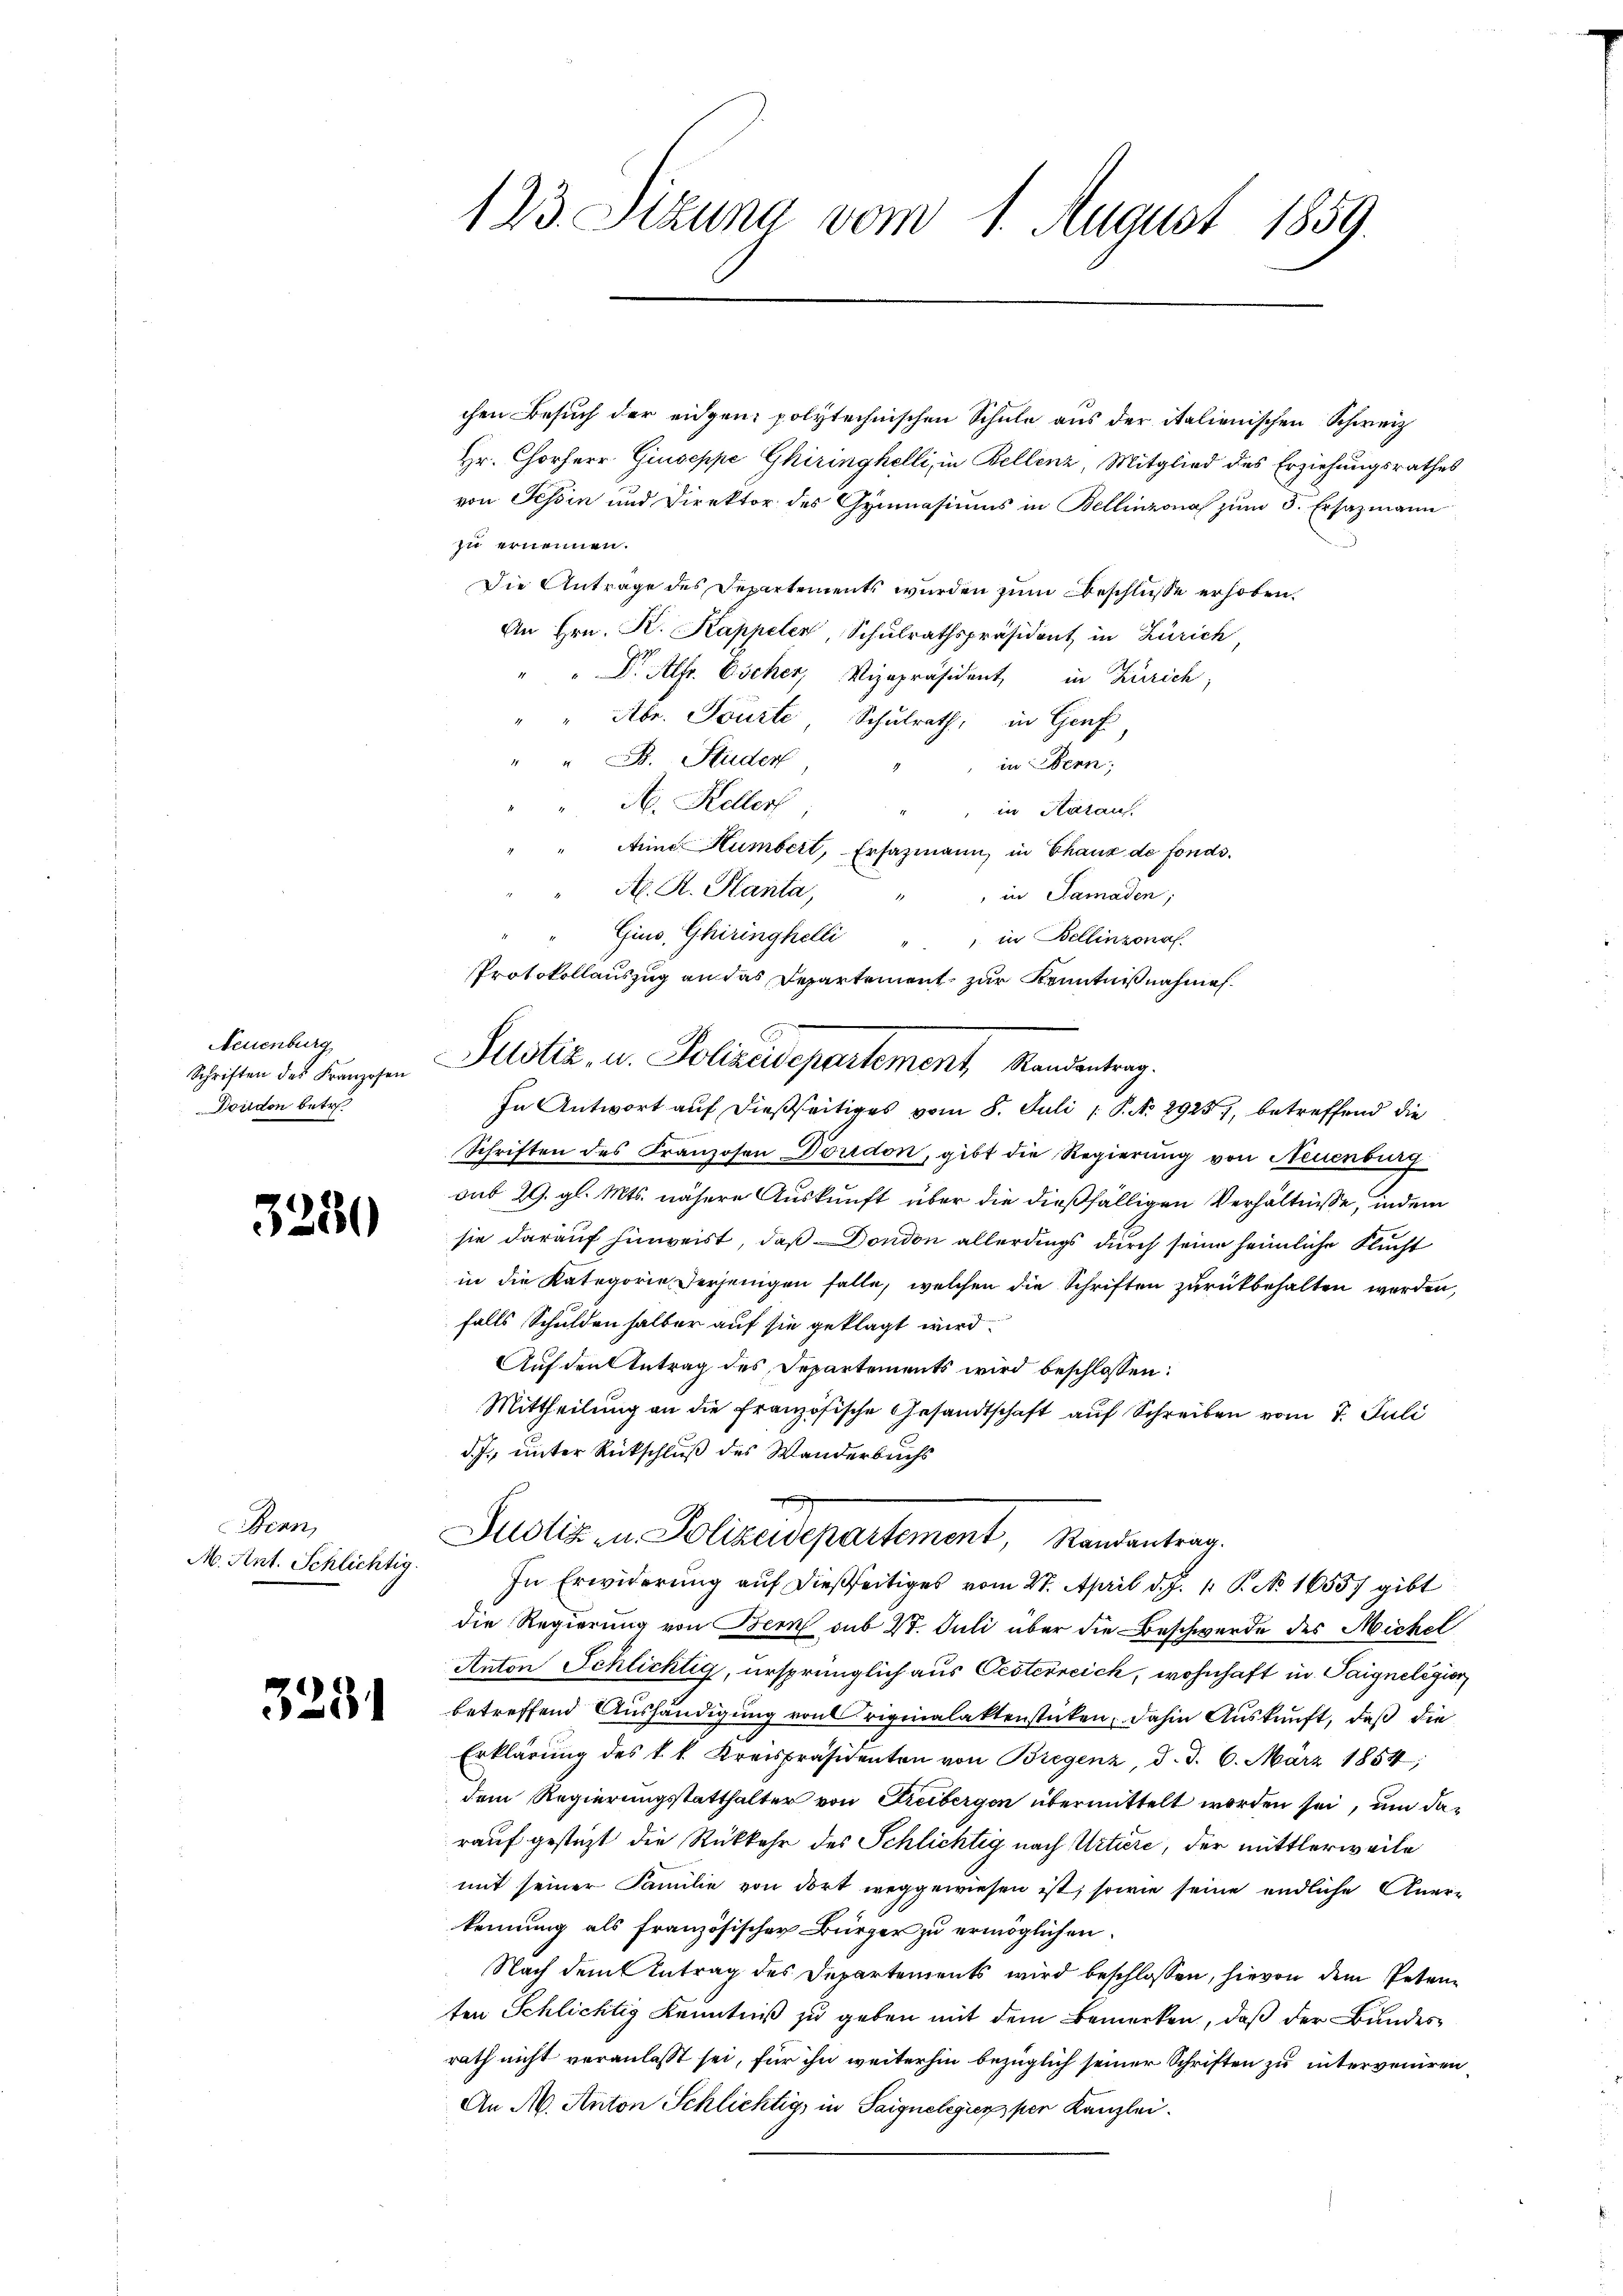
Neuenburg
Dordon betr

3280

Benn,
M. Ant. Schlichtig.

3231

123. Sitzung vom 1. August 1859.

chen Besuch der eidgen. polytechnischen Schule aus der italienischen Schweiz
Hr. Chorherr Giuseppe Ghiringhelli, in Bellenz, Mitglied des Erziehungsrathes
von Tessin und Direktor des Gymnasiums in Bellinzona zum 5. Ersazmann
zu ernennen.
Die Antrage des Departements wurden zum Beschlüsse erhoben.
An Hrn. K. Kappeler, Schulrathspräsident in Zürich
" " Dr. Alfr. Escher, Vizepräsident, in Zürich
Abr. Tourte Schulrath, in Genf
" " B. Studer
in Obern;
A. Keller
in Katau
Arine Humbert, Ersazmann, in Chaux de fonds.
A. R. Hanta,
" in Samaden;
Gius, Ghiringhelli "" in Bellinzonaf.
Schriften des Franzosen Doridon, gibt die Regierung von Neuenburg
sub 29. gl. Mts. nähere Auskunft über die dießfälligen Verhältnisse, indem
sie darauf hinweist, daß Dondon allerdings durch seine heimliche Flucht
in die Kategorie Verjenigen falle, welchen die Schriften zurückbehalten werden,
falls Schulden halber auf sie geklagt wird.
Auf den Antrag des Departements wird beschlossen:
Mittheilung an die französische Gesandtschaft auf Schreiben vom 7. Juli
d. J., unter Rückschluß des Wanderbuchs

Justiz- u. Polizeidepartement, Randantrag.
In Erwiderung auf dießseitiges vom 27. April d. J. P. No. 1655) gibt
die Regierung von Bern sub 27. Juli über die Beschwerde des Michel
Anton Schlichtig, ursprünglich aus Oesterreich, wohnhaft in Paigneligion
betreffend Aushändigung von riginalaktenstücken, dahin Auskunft, daß die
Erklärung des k. k. Kreispräsidenten von Bregenz, d. d. 6. März 1854;
dem Regierungsstatthalter von Freibergen übermittelt worden sei, um das
rauf gestützt die Rückkehr des Schlichtig nach Urtiere, der mittlerweile
mit seiner Familie von dort weggewiesen ist, sowie seine endliche Aner-
kennung als französischer Bürger zu ermöglichen.
Nach dem Antrag des Departements wird beschlossen, hievon dem Petenten Schlichtig Kenntniß zu geben mit dem Bemerken, daß der Bundesrath nicht veranlasst sei, für ihn weiterhin bezüglich seiner Schriften zu interveniren
An A. Anton Schlichtig, in Saignelegier, per Kanzlei.

Protokollauszug an das Departement, zur Kenntnißnahme.
Schriften des Franzchen Allotiz, u. Polizeidepartement, Randentrag.
In Antwort auf dießseitiges vom 8. Juli [ P. No 2925), betreffend die